Subject: cs
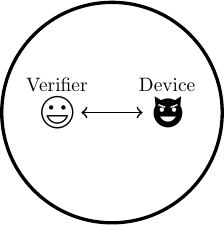
LaTeX code:
	\begin{tikzpicture}[scale=.7, transform shape]
		\tikzstyle{session1arrow}=[<->,semithick]
		\tikzstyle{session2arrow}=[->, semithick, dashed]

		\node (proximity) at (0,0) [circle, draw=black, very thick,
		minimum width=4cm]{};

		\node (verifier) at
		(-1,0){\includegraphics[scale=.03]{16172_images_honest.png}};

		\node (ghost) at
		(-1,-2.5){};

		\node (device) at (1,0)
		{\includegraphics[scale=.03]{16173_images_attacker.png}};
		\draw [session1arrow] (device) to node [above] [near start] {}
		(verifier);

		\node [above of =device, node distance=0.5cm] {Device};
		\node [above of =verifier, node distance=0.5cm] {Verifier};
	\end{tikzpicture}